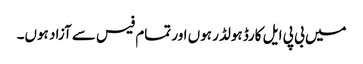
میں بی پی ایل کارڈ ہولڈر ہوں اور تمام فیس سے آزاد ہوں۔